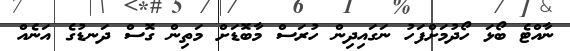
ނާއްޓެ ބޯޅަ ހޯދުމަށްފަހު ނަގައިދިން ހުރަސް މާބޮޑަަށް މަތިން ގޮސް ދަނޑުގެ އަނެއް